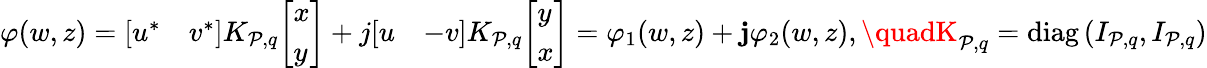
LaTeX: \varphi(w,z)={\left[\begin{array}{ll}{u^{*}}&{v^{*}}\end{array}\right]}K_{\mathcal{P},q}{\left[\begin{array}{l}{x}\\ {y}\end{array}\right]}+j{\left[\begin{array}{ll}{u}&{-v}\end{array}\right]}K_{\mathcal{P},q}{\left[\begin{array}{l}{y}\\ {x}\end{array}\right]}=\varphi_{1}(w,z)+\mathbf{{j}}\varphi_{2}(w,z),\quadK_{\mathcal{P},q}=\mathrm{{diag}}\left(I_{\mathcal{P},q},I_{\mathcal{P},q}\right)